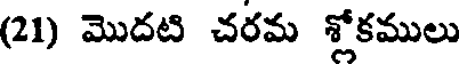
(21) మొదటి చరమ శ్లోకములు